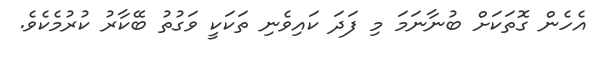
އެހެން ގޮތަކަށް ބުނާނަމަ މި ފަދަ ކައިވެނި ތަކަކީ ވަގުތު ބޭކާރު ކުރުމެކެވެ.